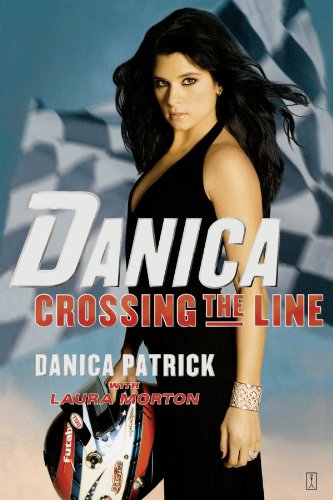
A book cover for Danica--Crossing the Line; Danica Patrick; Sports & Outdoors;